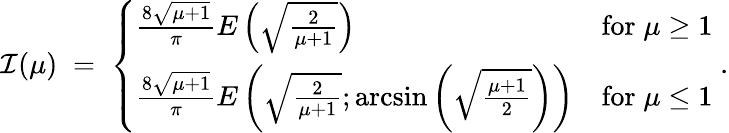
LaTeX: \mathcal{I}(\mu)\; =\; \left\{ \begin{array}{ll}{{\frac{8\sqrt{\mu+1}}{\pi}E\left(\sqrt{\frac{2}{\mu+1}}\right)}}&{{\mathrm{for}\; \mu\geq 1}}\\ {{\frac{8\sqrt{\mu+1}}{\pi}E\left(\sqrt{\frac{2}{\mu+1}};\arcsin\left(\sqrt{\frac{\mu+1}{2}}\right)\right)}}&{{\mathrm{for}\; \mu\leq 1}}\end{array}\right.\; .